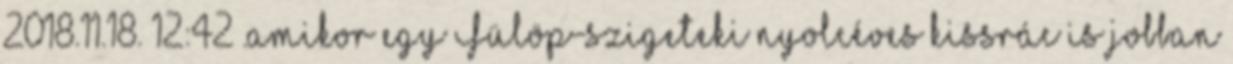
2018.11.18. 12:42 .amikor egy Fülöp-szigeteki nyolcéves kissrác is jobban